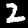
Label: 2